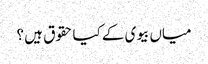
میاں بیوی کے کیا حقوق ہیں ؟